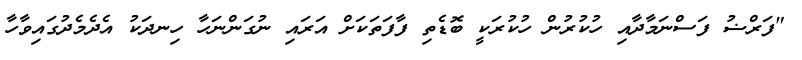
"ފަރްޟު ފަސްނަމާދާއި ހުކުރުން ހުކުރަކީ ބޮޑެތި ފާފަތަކަށް އަރައި ނުގަންނަހާ ހިނދަކު އެދެމެދުގައިވާހާ